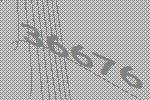
36676